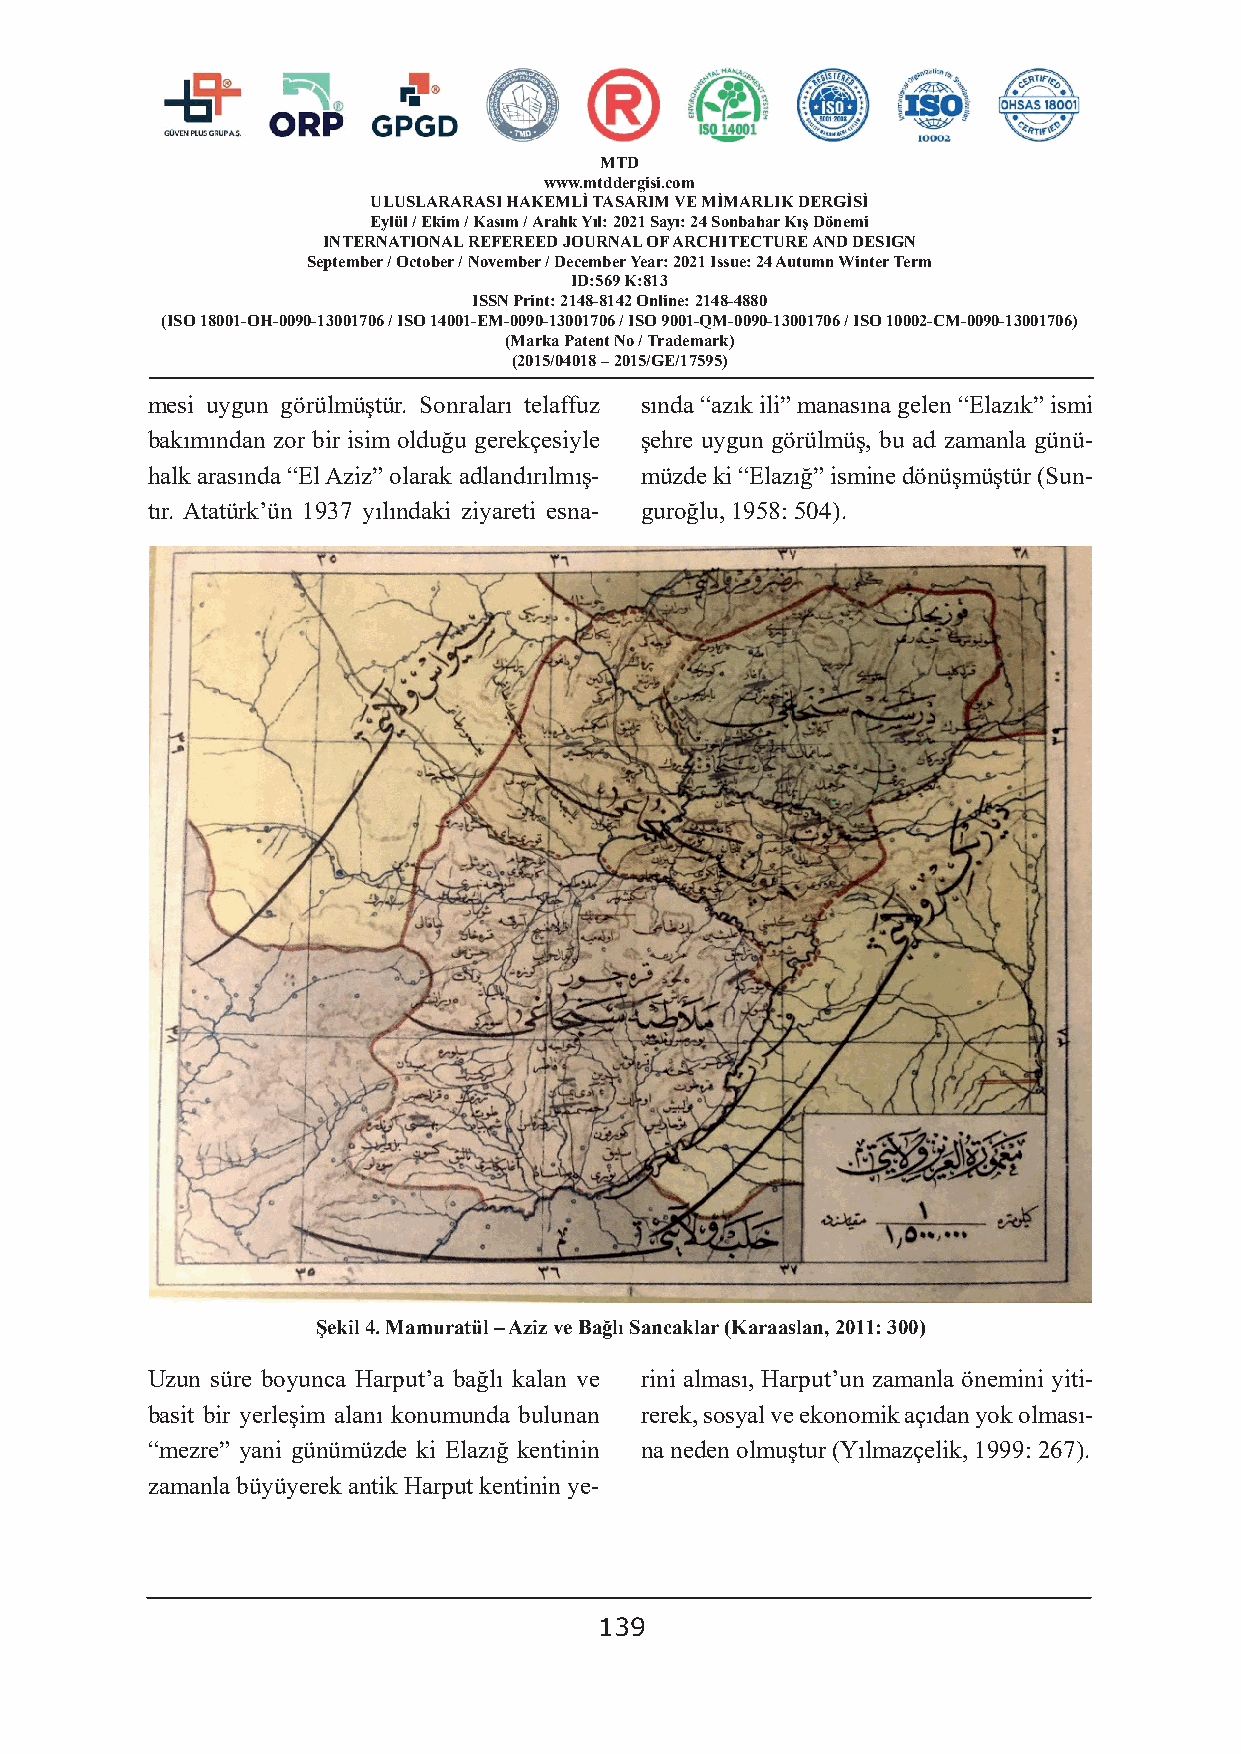
MTD
 www.mtddergisi.com
 ULUSLARARASI HAKEMLİ TASARIM VE MİMARLIK DERGİSİ
 Eylül / Ekim / Kasım / Aralık Yıl: 2021 Sayı: 24 Sonbahar Kış Dönemi
 INTERNATIONAL REFEREED JOURNAL OF ARCHITECTURE AND DESIGN
 September / October / November / December Year: 2021 Issue: 24 Autumn Winter Term
 ID:569 K:813
 ISSN Print: 2148-8142 Online: 2148-4880
 (ISO 18001-OH-0090-13001706 / ISO 14001-EM-0090-13001706 / ISO 9001-QM-0090-13001706 / ISO 10002-CM-0090-13001706)
 (Marka Patent No / Trademark)
 (2015/04018 – 2015/GE/17595)
 mesi uygun görülmüştür. Sonraları telaffuz sında “azık ili” manasına gelen “Elazık” ismi
 bakımından zor bir isim olduğu gerekçesiyle şehre uygun görülmüş, bu ad zamanla günü-
 halk arasında “El Aziz” olarak adlandırılmış- müzde ki “Elazığ” ismine dönüşmüştür (Sun-
 tır. Atatürk’ün 1937 yılındaki ziyareti esna- guroğlu, 1958: 504).
 Şekil 4. Mamuratül – Aziz ve Bağlı Sancaklar (Karaaslan, 2011: 300)
 Uzun süre boyunca Harput’a bağlı kalan ve rini alması, Harput’un zamanla önemini yiti-
 basit bir yerleşim alanı konumunda bulunan rerek, sosyal ve ekonomik açıdan yok olması-
 “mezre” yani günümüzde ki Elazığ kentinin na neden olmuştur (Yılmazçelik, 1999: 267).
 zamanla büyüyerek antik Harput kentinin ye-
 139